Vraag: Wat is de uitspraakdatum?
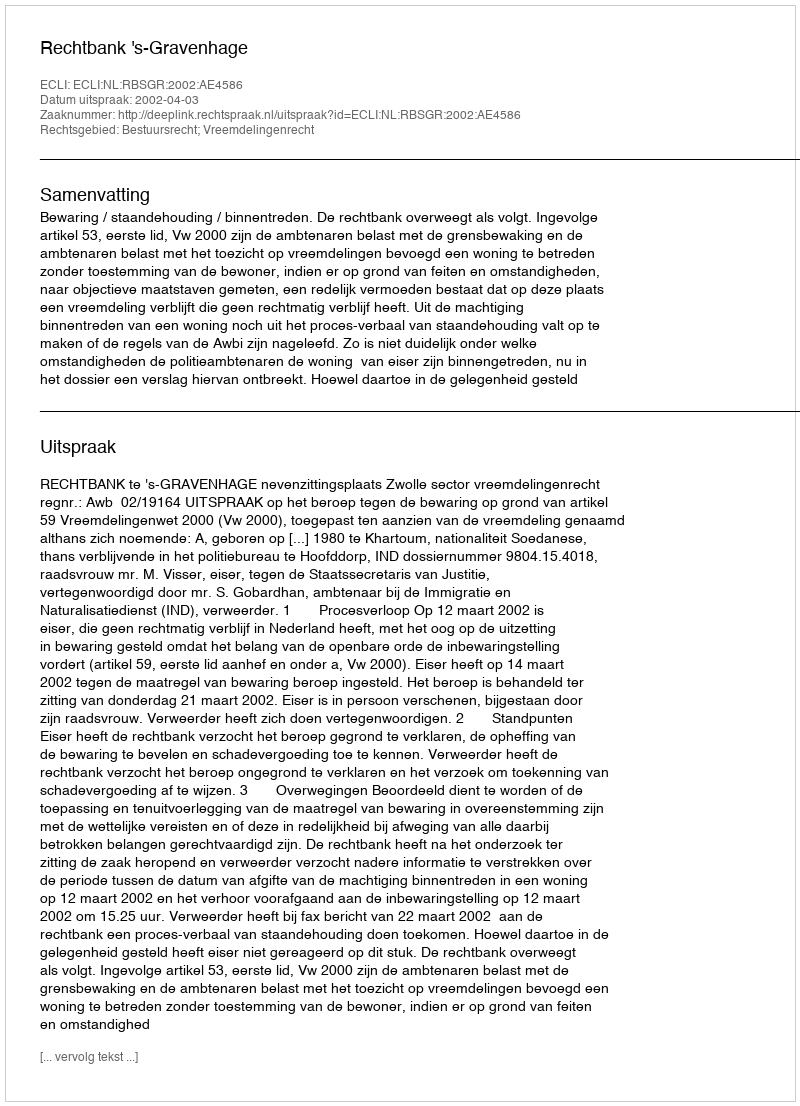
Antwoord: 2002-04-03